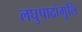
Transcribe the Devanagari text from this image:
लघुपादांगुलि